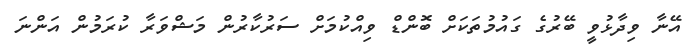
އޭނާ ވިދާޅުވީ ބޭރުގެ ގައުމުތަކަށް ބޮންޑް ވިއްކުމަށް ސަރުކާރުން މަޝްވަރާ ކުރަމުން އަންނަ